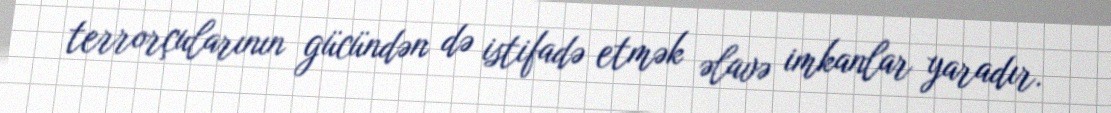
terrorçularının gücündən də istifadə etmək əlavə imkanlar yaradır.